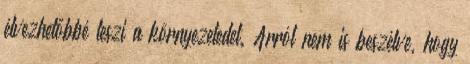
élvezhetőbbé teszi a környezetedet. Arról nem is beszélve, hogy